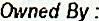
OWNED BY :